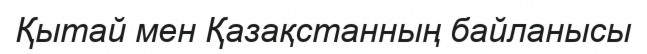
Қытай мен Қазақстанның байланысы